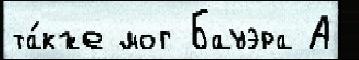
та́кже мог Бауэра А